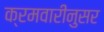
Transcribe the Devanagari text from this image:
क्रमवारीनुसर